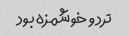
ترد و خوشمزه بود